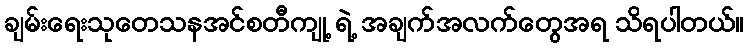
ချမ်းရေးသုတေသနအင်စတီကျု့ ရဲ့ အချက်အလက်တွေအရ သိရပါတယ်။